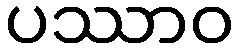
ပဿာဝ